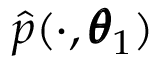
\hat { p } ( \cdot , \pmb \theta _ { 1 } )